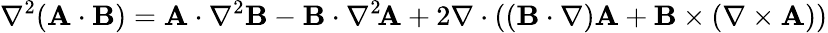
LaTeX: \nabla^{2}(\mathbf{A}\cdot\mathbf{B})=\mathbf{A}\cdot\nabla^{2}\mathbf{B}-\mathbf{B}\cdot\nabla^{2}\! \mathbf{A}+2\nabla\cdot((\mathbf{B}\cdot\nabla)\mathbf{A}+\mathbf{B}\times(\nabla\times\mathbf{A}))